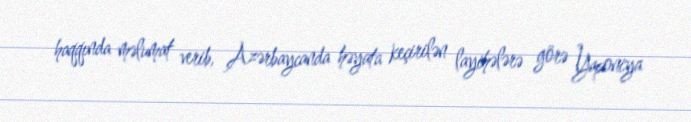
haqqında məlumat verib, Azərbaycanda həyata keçirilən layihələrə görə Yaponiya